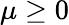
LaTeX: \mu\ge 0